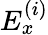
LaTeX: E_{x}^{\left(i\right)}